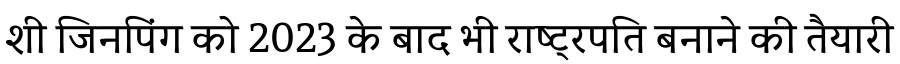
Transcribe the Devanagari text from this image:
शी जिनपिंग को 2023 के बाद भी राष्ट्रपति बनाने की तैयारी